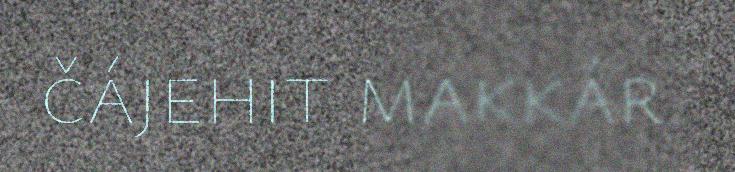
čájehit makkár